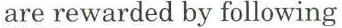
are rewarded by following